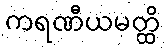
ကရဏီယမတ္ထိ